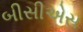
બીસીએસ